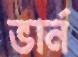
ভার্ন